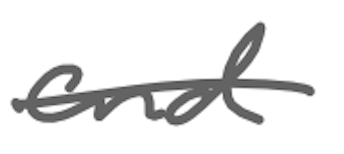
Text: and
Cross-out: single-line
Writing tool: digital_gray